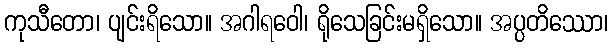
ကုသီတော၊ ပျင်းရိသော။ အဂါရဝေါ၊ ရိုသေခြင်းမရှိသော။ အပ္ပတိဿော၊